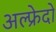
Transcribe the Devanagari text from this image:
अल्फ्रेदो